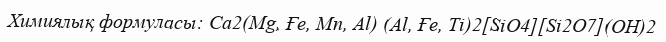
Химиялық формуласы: Са2(Мg, Ғе, Мn, Аl) (Аl, Ғе, Ті)2[SiO4][Si2O7](OН)2